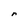
Character: r